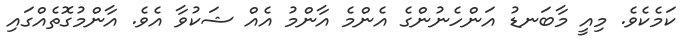
ކަމެކެވެ. މިއީ މާބަނޑު އަންހެނުންގެ އެންމެ އާންމު އެއް ޝަކުވާ އެވެ. އާންމުގޮތެއްގައި